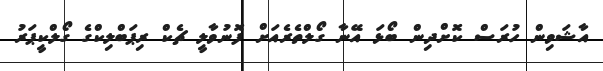
އާޝަވިން ހުރަސް ކޮށްދިން ބޯޅަ އޭނާ ގޯލްތެރެއަށް ފޮނުވާލީ ޗެކް ރިޕަބްލިކްގެ ގޯލްކީޕަރު